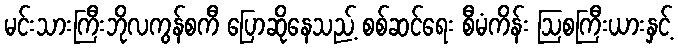
မင်းသားကြီးဘိုလကွန်စကီ ပြောဆိုနေသည့် စစ်ဆင်ရေး စီမံကိန်း ဩစကြီးယားနှင့်